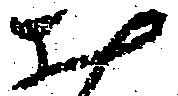
お